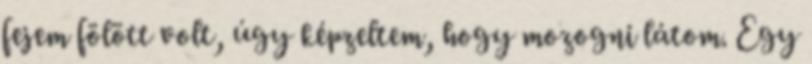
fejem fölött volt, úgy képzeltem, hogy mozogni látom. Egy